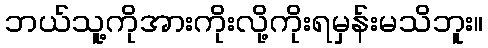
ဘယ်သူ့ကိုအားကိုးလို့ကိုးရမှန်းမသိဘူး။